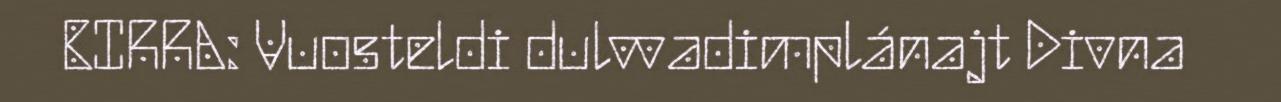
BIRRA: Vuosteldi dulvvadimplánajt Divna